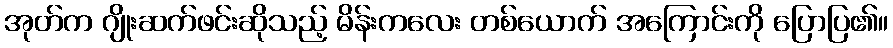
အုတ်က ဂျိုးဆက်ဖင်းဆိုသည့် မိန်းကလေး တစ်ယောက် အကြောင်းကို ပြောပြ၏။